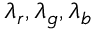
\lambda _ { r } , \lambda _ { g } , \lambda _ { b }